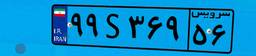
۴۵S۲۲۶۲۷